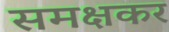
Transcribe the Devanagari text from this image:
समक्षकर